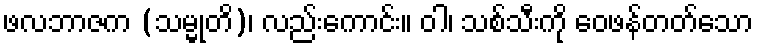
ဖလဘာဇက (သမ္မုတိ)၊ လည်းကောင်း။ ဝါ၊ သစ်သီးကို ဝေဖန်တတ်သော